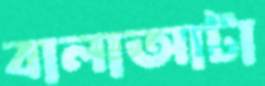
বালাআটা